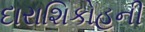
દારાશિકોહની